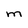
Character: M